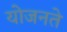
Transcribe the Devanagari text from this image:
योजनते